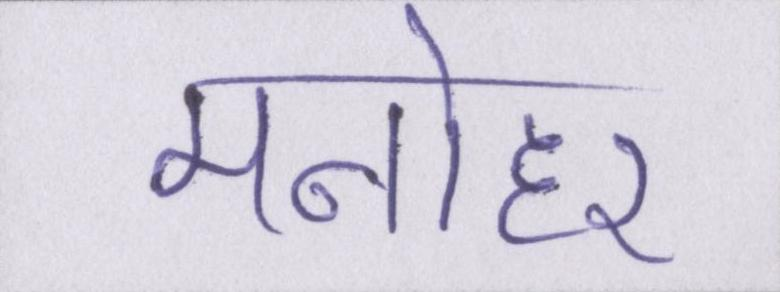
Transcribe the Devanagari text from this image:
मनोहर